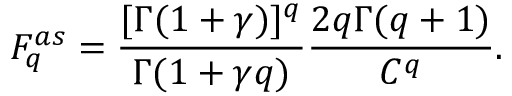
F _ { q } ^ { a s } = \frac { [ \Gamma ( 1 + \gamma ) ] ^ { q } } { \Gamma ( 1 + \gamma q ) } \frac { 2 q \Gamma ( q + 1 ) } { C ^ { q } } .